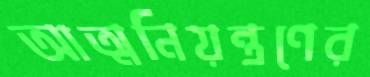
আত্মনিয়ন্ত্রণের